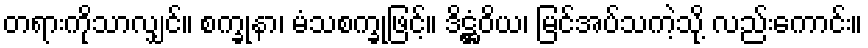
တရားကိုသာလျှင်။ စက္ခုနာ၊ မံသစက္ခုဖြင့်။ ဒိဋ္ဌံဝိယ၊ မြင်အပ်သကဲ့သို့ လည်းကောင်း။